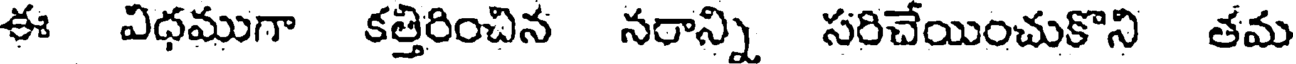
ఈ విధముగా కత్తిరించిన నరాన్ని సరిచేయించుకొని తమ